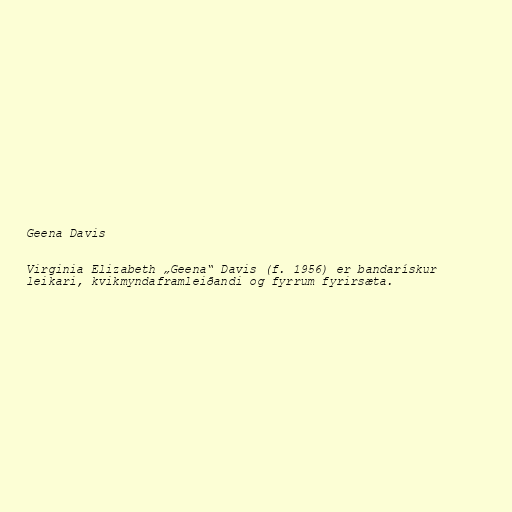
Geena Davis

Virginia Elizabeth „Geena“ Davis (f. 1956) er bandarískur
leikari, kvikmyndaframleiðandi og fyrrum fyrirsæta.